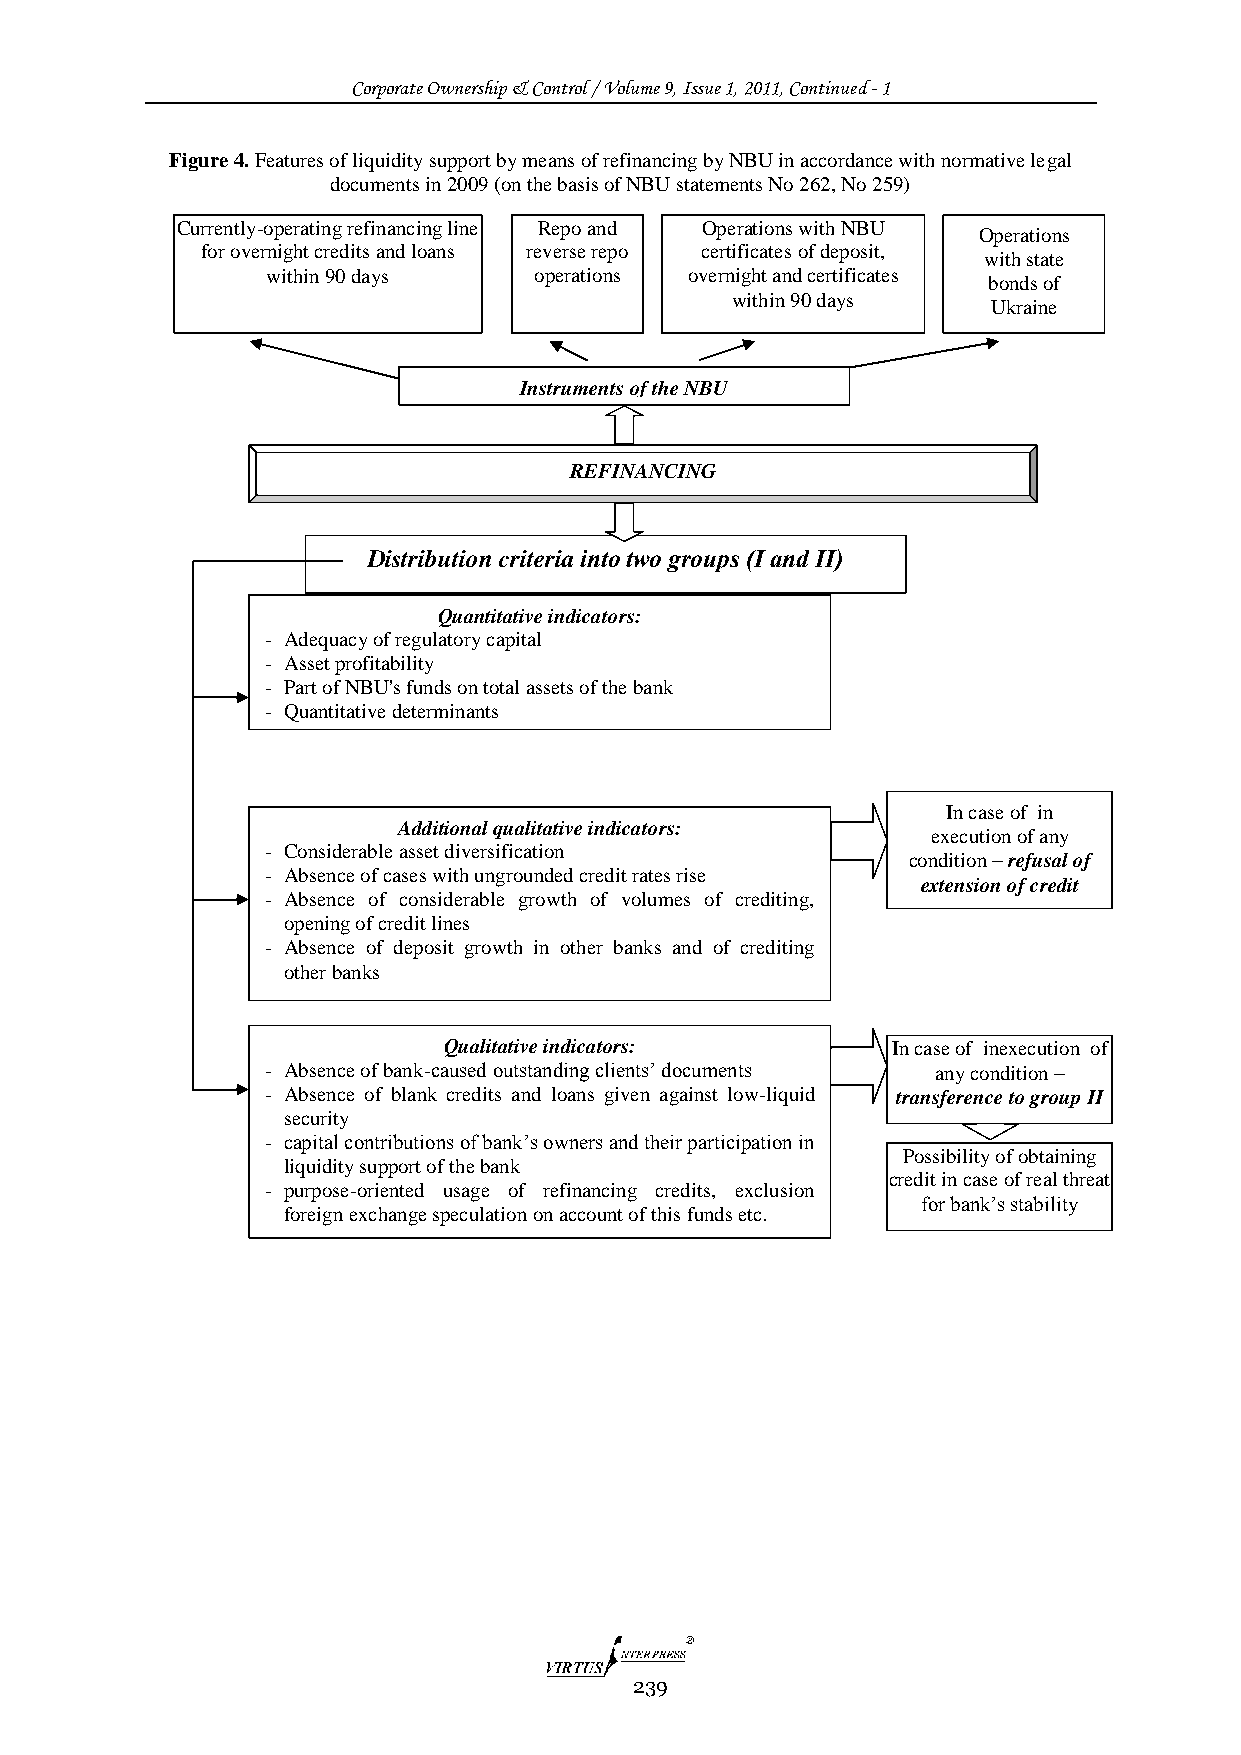
Corporate Ownership & Control / Volume 9, Issue 1, 2011, Continued - 1
 Figure 4. Features of liquidity support by means of refinancing by NBU in accordance with normative legal
 documents in 2009 (on the basis of NBU statements No 262, No 259)
 Currently-operating refinancing line Repo and Operations with NBU
 Operations
 for overnight credits and loans reverse repo certificates of deposit,
 with state
 within 90 days   operations overnight and certificates
 bonds of
 within 90 days
 Ukraine
 Instruments of the NBU
 REFINANCING
 Distribution criteria into two groups (І and ІІ)
 Quantitative indicators:
 - Adequacy of regulatory capital
 - Asset profitability
 - Part of NBU's funds on total assets of the bank
 - Quantitative determinants
 In case of in
 Additional qualitative indi cators:
 execution of any
 - Considerable asset diversification
 condition – refusal of
 - Absence of cases with ungrounded credi t rates rise
 extension of credit
 - Absence of considerable growth of volumes of crediting,
 opening of credit lines
 - Absence of deposit growth in other b anks and of crediting
 other banks
 Qualitative indicator s:      In case of inexecution of
 - Absence of bank-caused outstanding clie nts‟ documents any condition –
 - Absence of blank credits and loans giv en against low-liquid transference to group ІІ
 security
 - capital contributions of bank‟s owners an d their participation in
 Possibility of obtaining
 liquidity support of the bank
 credit in case of real threat
 - purpose-oriented usage of refinancin g credits, exclusion
 for bank‟s stability
 foreign exchange speculation on account of this funds etc.
 239